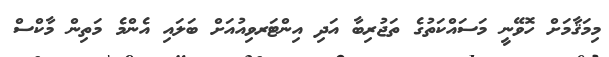
މިމަޤާމަށް ހޮވޭނީ މަސައްކަތުގެ ތަޖުރިބާ އަދި އިންޓަރވިއުއަށް ބަލައިި އެންމެ މަތިން މާކްސް